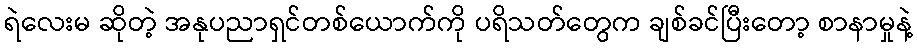
ရဲလေးမ ဆိုတဲ့ အနုပညာရှင်တစ်ယောက်ကို ပရိသတ်တွေက ချစ်ခင်ပြီးတော့ စာနာမှုနဲ့